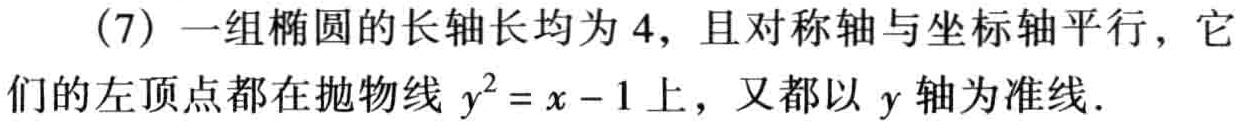
(7) 一组椭圆的长轴长均为 4，且对称轴与坐标轴平行，它们的左顶点都在抛物线 \(y^{2}=x - 1\) 上，又都以 \(y\) 轴为准线．